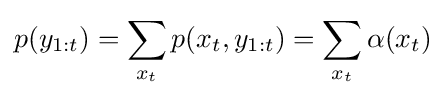
p(y_{1:t})=\sum _{x_{t}}p(x_{t},y_{1:t})=\sum _{x_{t}}\alpha (x_{t})